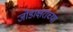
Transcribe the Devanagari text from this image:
जोडाक्षराच्या